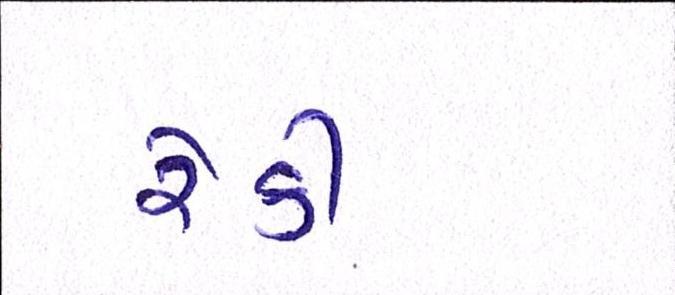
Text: રેકી